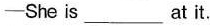
—She is ___ at it.